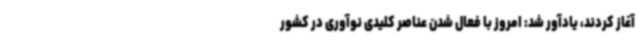
آغاز کردند، یادآور شد: امروز با فعال شدن عناصر کلیدی نوآوری در کشور